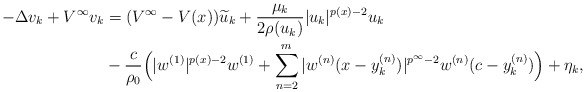
\begin{align*}- \Delta v_k + V^\infty v_k &= (V^\infty - V(x))\widetilde{u}_k + \frac{\mu_k}{2 \rho(u_k)}|u_k|^{p(x) - 2}u_k \\&-\frac{c}{\rho_0} \Big(|w^{(1)}|^{p(x) - 2} w^{(1)} + \sum_{n=2}^m|w^{(n)}(x - y^{(n)}_k)|^{p^\infty - 2}w^{(n)}(c - y^{(n)}_k)\Big) + \eta_k,\end{align*}